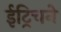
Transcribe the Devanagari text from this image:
ईट्रिचने